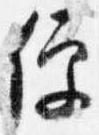
便